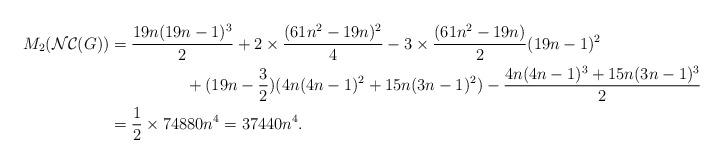
LaTeX: \begin{align*}M_{2}(\mathcal{NC}(G))&=\dfrac{19n(19n-1)^{3}}{2}+2\times \dfrac{(61n^{2}-19n)^{2}}{4}-3\times \dfrac{(61n^{2}-19n)}{2}(19n-1)^{2} \\ &~~~~~~~~~~~~~~+(19n-\frac{3}{2})(4n(4n-1)^{2}+15n(3n-1)^{2})-\dfrac{4n(4n-1)^{3}+15n(3n-1)^{3}}{2}\\&= \frac{1}{2} \times 74880n^{4} = 37440n^{4}.\end{align*}